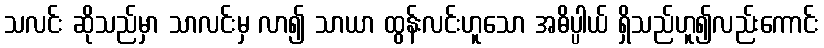
သလင်း ဆိုသည်မှာ သာလင်းမှ လာ၍ သာယာ ထွန်းလင်းဟူသော အဓိပ္ပါယ် ရှိသည်ဟူ၍လည်းကောင်း